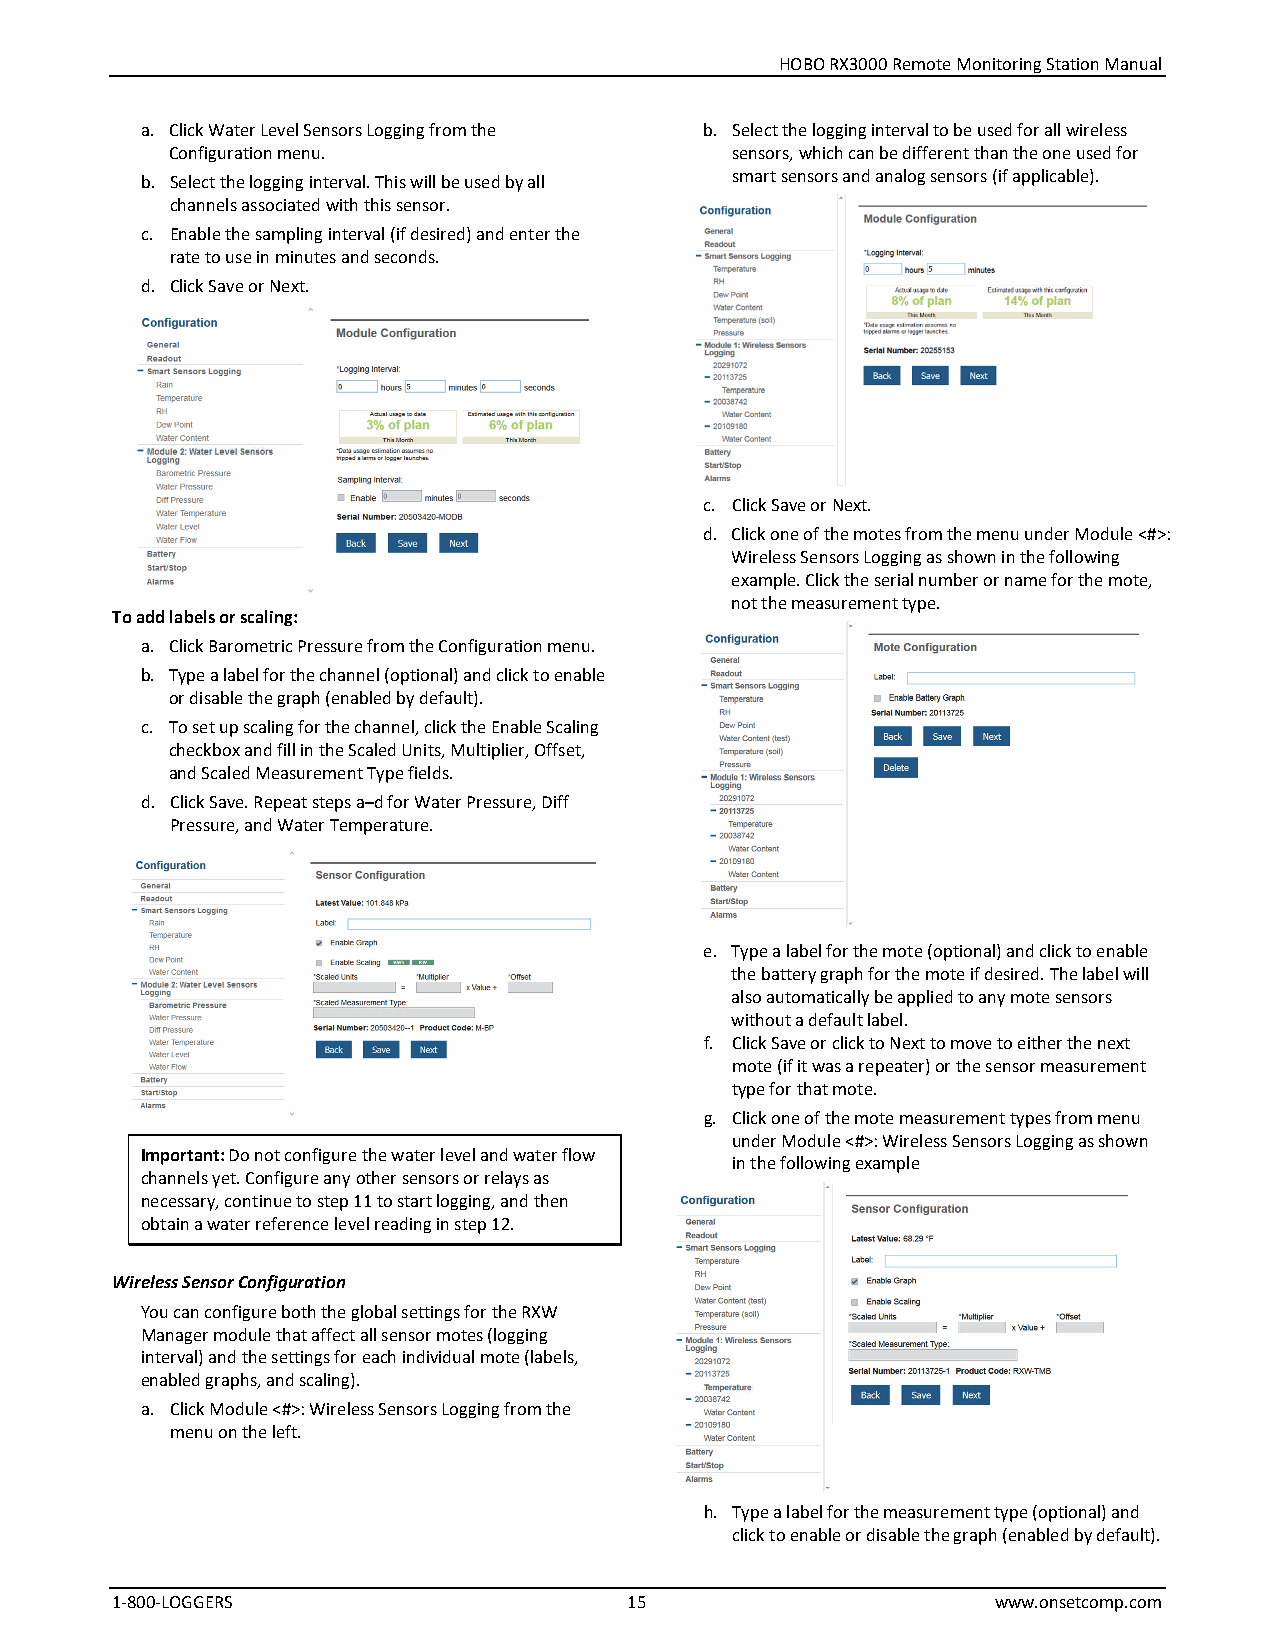
HOBO RX3000 Remote Monitoring Station Manual
 a. Click Water Level Sensors Logging from the b. Select the logging interval to be used for all wireless
 Configuration menu.                  sensors, which can be different than the one used for
 b. Select the logging interval. This will be used by all smart sensors and analog sensors (if applicable).
 channels associated with this sensor.
 c. Enable the sampling interval (if desired) and enter the
 rate to use in minutes and seconds.
 d. Click Save or Next.
 c. Click Save or Next.
 d. Click one of the motes from the menu under Module <#>:
 Wireless Sensors Logging as shown in the following
 example. Click the serial number or name for the mote,
 not the measurement type.
 To add labels or scaling:
 a. Click Barometric Pressure from the Configuration menu.
 b. Type a label for the channel (optional) and click to enable
 or disable the graph (enabled by default).
 c. To set up scaling for the channel, click the Enable Scaling
 checkbox and fill in the Scaled Units, Multiplier, Offset,
 and Scaled Measurement Type fields.
 d. Click Save. Repeat steps a–d for Water Pressure, Diff
 Pressure, and Water Temperature.
 e. Type a label for the mote (optional) and click to enable
 the battery graph for the mote if desired. The label will
 also automatically be applied to any mote sensors
 without a default label.
 f. Click Save or click to Next to move to either the next
 mote (if it was a repeater) or the sensor measurement
 type for that mote.
 g. Click one of the mote measurement types from menu
 under Module <#>: Wireless Sensors Logging as shown
 Important: Do not configure the water level and water flow
 in the following example
 channels yet. Configure any other sensors or relays as
 necessary, continue to step 11 to start logging, and then
 obtain a water reference level reading in step 12.
 Wireless Sensor Configuration
 You can configure both the global settings for the RXW
 Manager module that affect all sensor motes (logging
 interval) and the settings for each individual mote (labels,
 enabled graphs, and scaling).
 a. Click Module <#>: Wireless Sensors Logging from the
 menu on the left.
 h. Type a label for the measurement type (optional) and
 click to enable or disable the graph (enabled by default).
 1-800-LOGGERS                      15                      www.onsetcomp.com